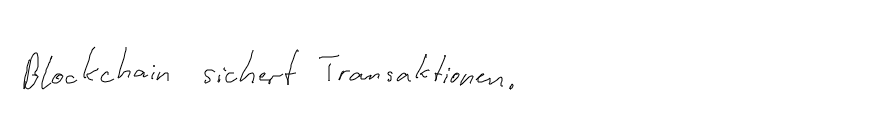
Blockchain sichert Transaktionen.